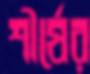
শীর্ষের